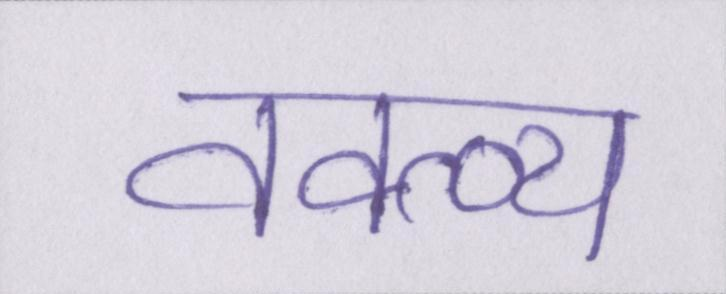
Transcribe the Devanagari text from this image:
वक्त्व्य